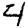
Digit: 4